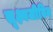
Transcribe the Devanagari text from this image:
सूक्ष्मजीविय